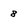
Character: 8